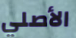
الأصلي